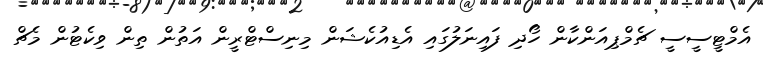
އެމްޓީސީސީ ޗެމްޕިއަންކާން ހޯދި ފައިނަލުގައި އެޑިއުކެޝަން މިނިސްޓްރީން އަތުން ތިން ވިކެޓުން މެޗް